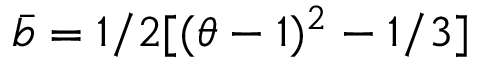
\bar { b } = 1 / 2 [ ( \theta - 1 ) ^ { 2 } - 1 / 3 ]